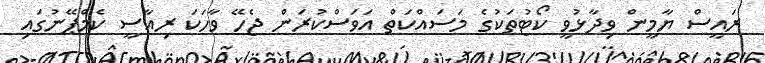
ރައީސް ޔާމީން ވިދާޅުވީ ކޯޓުތަކުގެ މަސައްކަތް އަވަސްކުރަން ޖެހޭ ވާހަކަ ރިއާސީ ކެމްޕޭނުގައި